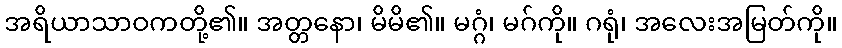
အရိယာသာဝကတို့၏။ အတ္တနော၊ မိမိ၏။ မဂ္ဂံ၊ မဂ်ကို။ ဂရုံ၊ အလေးအမြတ်ကို။